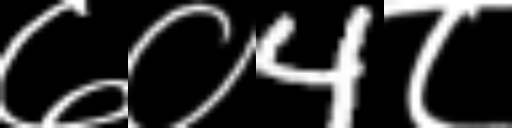
Text: ७०4८